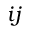
i j